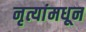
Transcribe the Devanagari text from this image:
नृत्यांमधून